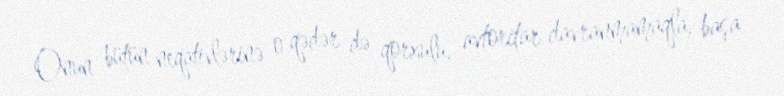
Onun bütün neqativlərinə o qədər də qorxulu, avtoritar davranmamaqla, başa